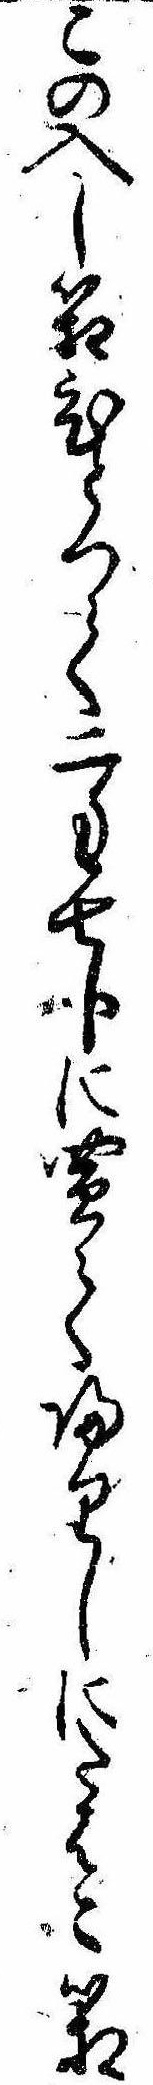
この入し箱ひとつて二匁七分に買て帰りしにたはこ箱